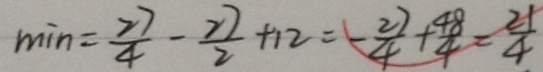
\min = \frac { 2 7 } { 4 } - \frac { 2 7 } { 2 } + 1 2 = - \frac { 2 7 } { 4 } + \frac { 4 8 } { 4 } = \frac { 2 1 } { 4 }